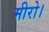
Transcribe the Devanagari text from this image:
मीरो।